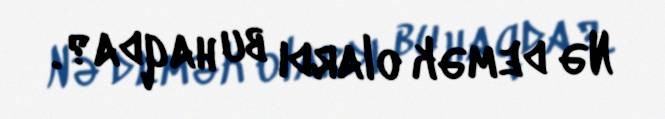
Nə demək olardı bu haqda?.